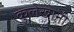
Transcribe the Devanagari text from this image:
कुलेखानी